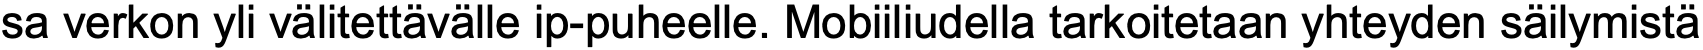
sa verkon yli välitettävälle ip-puheelle. Mobiiliudella tarkoitetaan yhteyden säilymistä